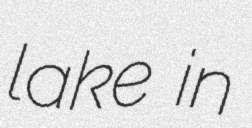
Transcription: lake in